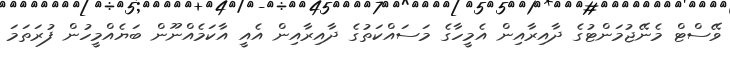
ވޭސްޓް މެނޭޖުމަންޓުުގެ ދާއިރާއިން އެމީހާގެ މަސައްކަތުގެ ދާއިރާއިން އެއީ އާކަމެއްނޫން ބަޔެއްމީހުން ފުރަތަމަ